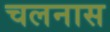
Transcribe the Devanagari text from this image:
चलनास